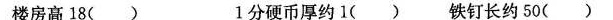
楼房高18( ) 1分硬币厚约1( )铁钉长约50( )